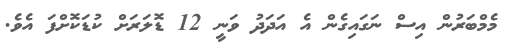
މެމްބަރުން އިސް ނަގައިގެން އެ އަދަދު ވަނީ 12 ޑޮލަރަށް ކުޑަކޮށްފަ އެވެ.